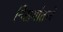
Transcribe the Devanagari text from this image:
निसर्गातले